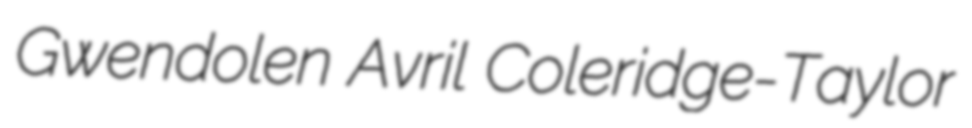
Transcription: Gwendolen Avril Coleridge-Taylor